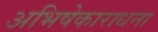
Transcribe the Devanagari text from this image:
अभिषेकाराधना